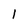
Character: l